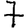
Digit: 7